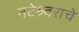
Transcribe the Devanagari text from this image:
नटेश्र्वराचे